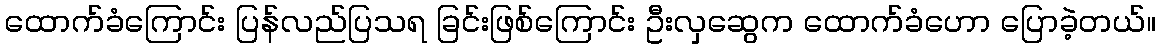
ထောက်ခံကြောင်း ပြန်လည်ပြသရ ခြင်းဖြစ်ကြောင်း ဦးလှဆွေက ထောက်ခံဟော ပြောခဲ့တယ်။